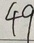
4 9